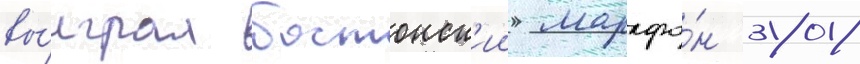
вы́играл бостонск'ии марафо́н 2018